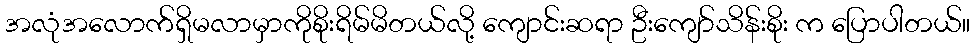
အလုံအလောက်ရှိမလာမှာကိုစိုးရိမ်မိတယ်လို့ ကျောင်းဆရာ ဦးကျော်သိန်းစိုး က ပြောပါတယ်။